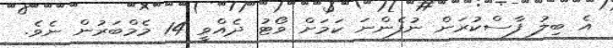
އެ ބިލު ފާސްކުރަން ނުފެންނަ ކަމަށް ވޯޓު ދެއްވީ 14 މެމްބަރުން ނެވެ.